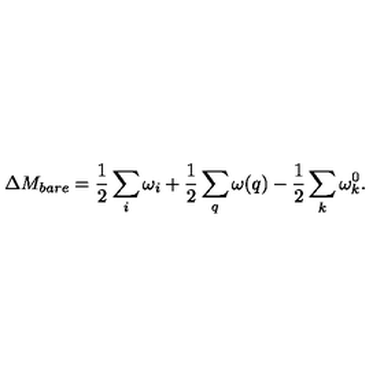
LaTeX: \Delta M _ { b a r e } = \frac { 1 } { 2 } \sum _ { i } \omega _ { i } + \frac { 1 } { 2 } \sum _ { q } \omega ( q ) - \frac { 1 } { 2 } \sum _ { k } \omega _ { k } ^ { 0 } .